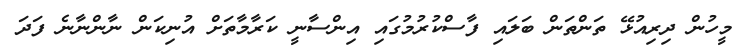
މީހުން ދިރިއުޅޭ ތަންތަން ބަލައި ފާސްކުރުމުގައި އިންސާނީ ކަރާމާތަށް އުނިކަން ނާންނާނެ ފަދަ